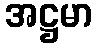
အဋ္ဌမာ